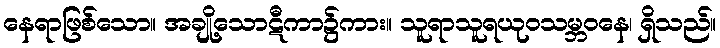
နေရာဖြစ်သော။ အချို့သောဋီကာ၌ကား။ သူရာသူရယုဝသမ္ဘဝနေ၊ ရှိသည်။